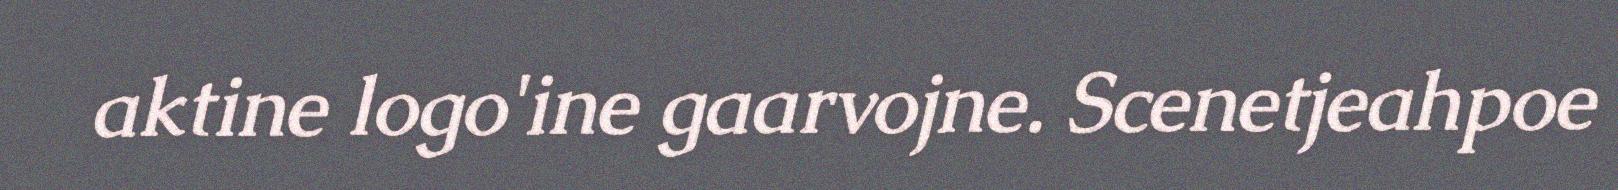
aktine logo'ine gaarvojne. Scenetjeahpoe